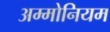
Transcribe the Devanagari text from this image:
अम्मोनियम